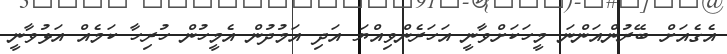
އެގެއަށް ބޭރުންއަންނަ މީހަކަށްވާނީ އަހަރެންވިއްޔަ އަދި އަމުދުން އެމީހުން ހުރިހާ ކަމެއް އަޅުވާނީ